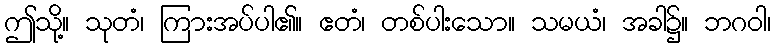
ဤသို့။ သုတံ၊ ကြားအပ်ပါ၏။ ဧတံ၊ တစ်ပါးသော။ သမယံ၊ အခါ၌။ ဘဂဝါ၊